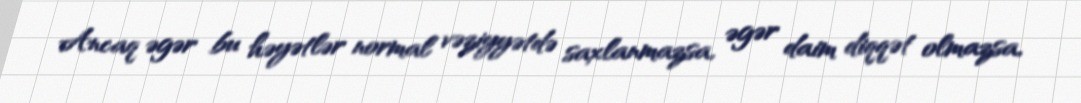
Ancaq əgər bu həyətlər normal vəziyyətdə saxlanmazsa, əgər daim diqqət olmazsa,